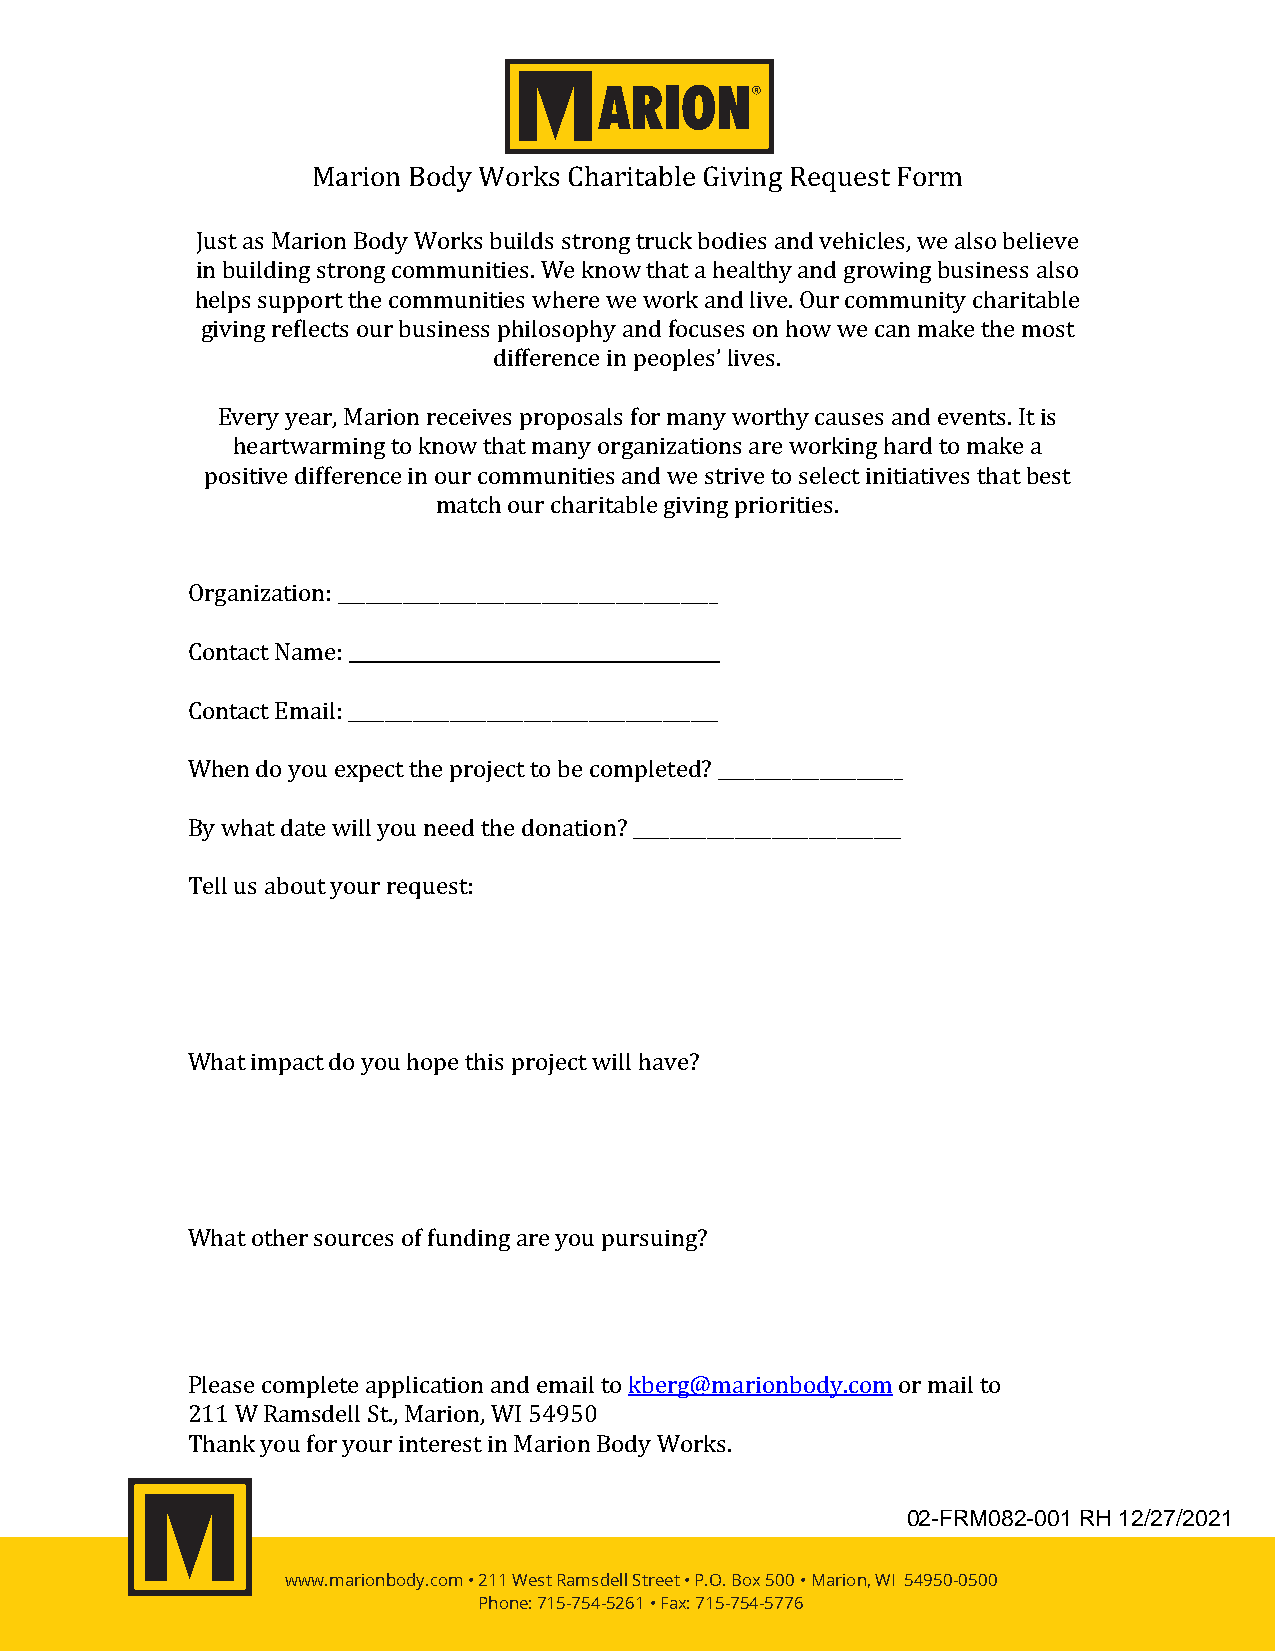
Marion Body Works Charitable Giving Request Form
 A Tradition of Quality. Since 1905
 Just as Marion Body Works builds strong truck bodies and vehicles, we also believe
 in building strong communities. We know that a healthy and growing business also
 helps support the communities where we work and live. Our community charitable
 giving reflects our business philosophy and focuses on how we can make the most
 difference in peoples’ lives.
 Every year, Marion receives proposals for many worthy causes and events. It is
 heartwarming to know that many organizations are working hard to make a
 positive difference in our communities and we strive to select initiatives that best
 match our charitable giving priorities.
 Organization: _________________________________________
 Contact Name: ________________________________________
 Contact Email: ________________________________________
 When do you expect the project to be completed? ____________________
 By what date will you need the donation? _____________________________
 Tell us about your request:
 What impact do you hope this project will have?
 What other sources of funding are you pursuing?
 Please complete application and email tokberg@marionbody.com or mail to
 211 W Ramsdell St., Marion, WI 54950
 Thank you for your interest in Marion Body Works.
 www.marionbody.com • 211 West Ramsdell Street • P.O. Box 500 • Marion, WI 54950-0500
 Phone: 715-754-5261 • Fax: 715-754-5776